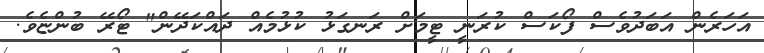
އަހަރެން އަބަދުވެސް ފޯކަސް ކުރަނީ ޓީމަށް ރަނގަޅު ކުޅުމެއް ދައްކަދޭން" ޓޯރޭ ބުންޏެވެ.